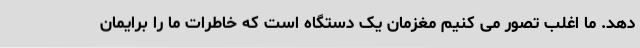
دهد. ما اغلب تصور می کنیم مغزمان یک دستگاه است که خاطرات ما را برایمان